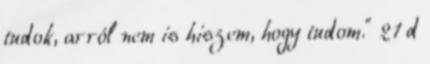
tudok, arról nem is hiszem, hogy tudom.” 21 d